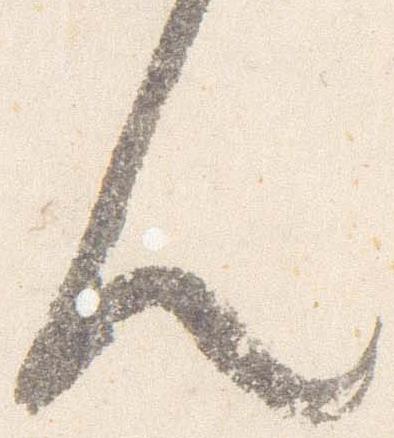
人